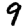
Digit: 9